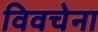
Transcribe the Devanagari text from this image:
विवचेना